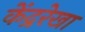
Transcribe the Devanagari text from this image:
केंद्ररेखा